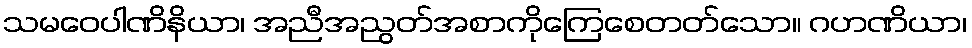
သမဝေပါဏိနိယာ၊ အညီအညွတ်အစာကိုကြေစေတတ်သော။ ဂဟဏိယာ၊